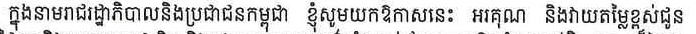
ក្នុងនាមរាជរដ្ឋាភិបាលនិងប្រជាជនកម្ពុជា ខ្ញុំសូមយកឲកាសនេះ អរគុណ និងវាយតម្លៃខ្ពស់ជូន